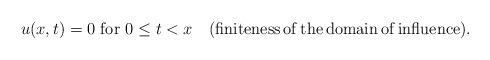
LaTeX: \begin{align*} &u(x,t)=0 \,\, {\mathrm{for}} \,\, 0 \leq t<x \quad({\mathrm{finiteness \, of \, the \, domain \, of \, influence }}).\end{align*}